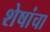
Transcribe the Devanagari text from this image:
शेषांचा